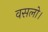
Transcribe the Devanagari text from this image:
वसलो।